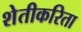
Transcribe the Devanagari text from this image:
शेतीकरिता